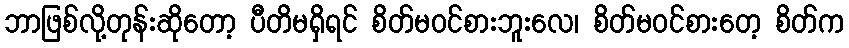
ဘာဖြစ်လို့တုန်းဆိုတော့ ပီတိမရှိရင် စိတ်မဝင်စားဘူးလေ၊ စိတ်မဝင်စားတေ့ စိတ်က